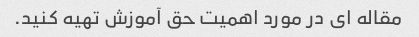
مقاله ای در مورد اهمیت حق آموزش تهیه کنید.